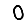
Digit: 0